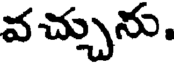
వచ్చును.